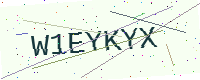
Text: W1EYKYX